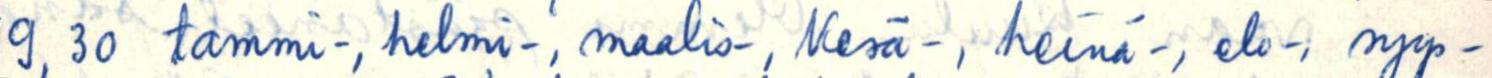
9,30  tammi-, helmi-, maalis-, Kesä-, heinä-, elo, syys-